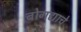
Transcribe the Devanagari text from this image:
बोगद्याचे